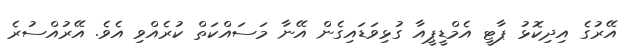
އޭރުގެ އިދިކޮޅު ޕާޓީ އެމްޑީޕީއާ ގުޅިވަޑައިގެން އޭނާ މަސައްކަތް ކުރެއްވި އެވެ. އޭރުއްސުރެ